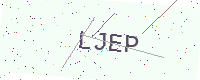
Text: LJEP